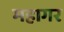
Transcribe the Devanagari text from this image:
महागर